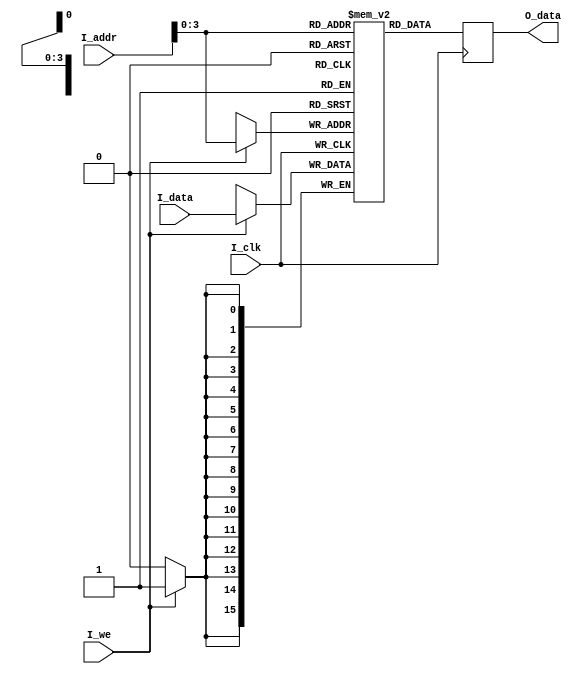
module fake_ram(
    input I_clk,
    input I_we,
    input [15:0] I_addr,
    input [15:0] I_data,
    output reg [15:0] O_data
    );
    
    reg [15:0] mem[8:0]; // Defining 32 bytes of memory
    
    initial begin
        mem[0] = 16'b1000000011111110;
        mem[1] = 16'b1000100111101101;
        mem[2] = 16'b0010001000100000;
        mem[3] = 16'b1000001100000001;
        mem[4] = 16'b1000010000000001;
        mem[5] = 16'b0000001101110000;
        mem[6] = 16'b1100000000000101;
        mem[7] = 0;
        mem[8] = 0;
        
        O_data = 16'b0000000000000000;  
    end
    
    always @(negedge I_clk) begin
        if(I_we) begin
            mem[I_addr[15:0]] <= I_data;
        end
        O_data <= mem[I_addr[15:0]];
    end
    
    
endmodule